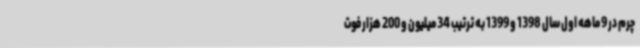
چرم در 9 ماهه اول سال 1398 و 1399 به ترتیب 34 میلیون و 200 هزار فوت